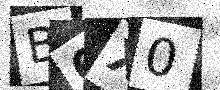
Text: B6X0